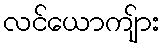
လင်ယောကျ်ား